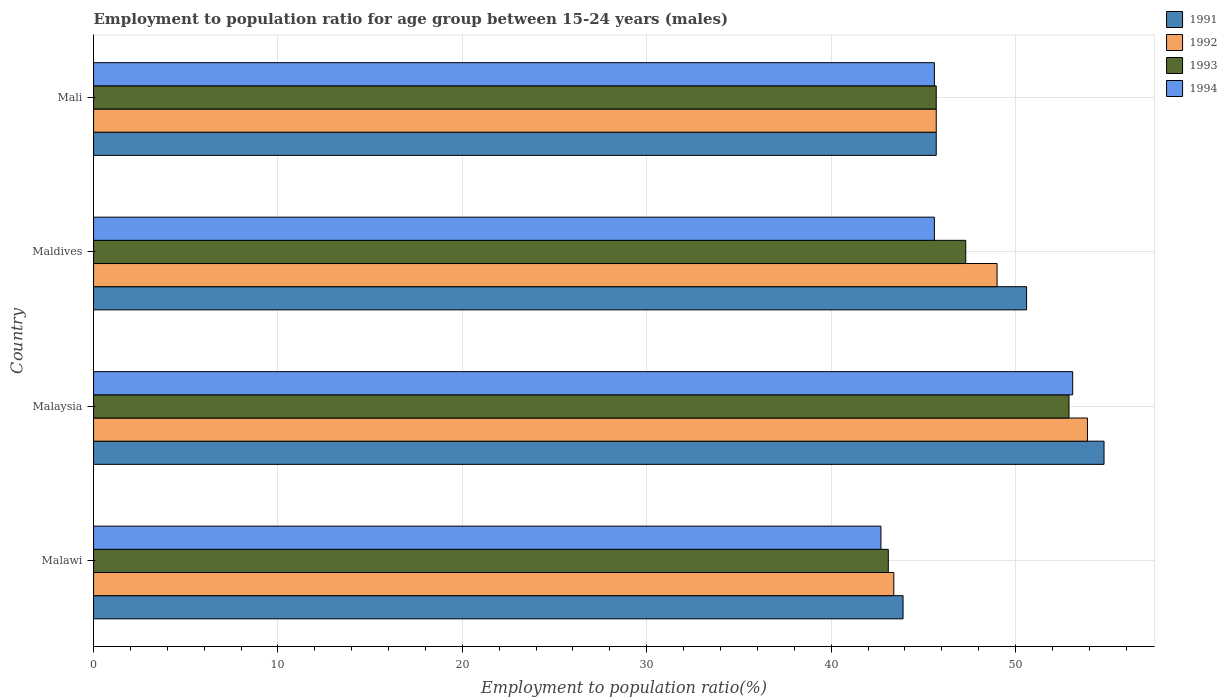
| Country | 1991 | 1992 | 1993 | 1994 |
 | --- | --- | --- | --- | --- |
 | Malawi | 43.9 | 43.4 | 43.1 | 42.7 |
 | Malaysia | 54.8 | 53.9 | 52.9 | 53.1 |
 | Maldives | 50.6 | 49 | 47.3 | 45.6 |
 | Mali | 45.7 | 45.7 | 45.7 | 45.6 |